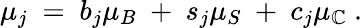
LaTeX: \mu_{j}~=~b_{j}\mu_{B}~+~s_{j}\mu_{S}~+~c_{j}\mu_{\mathbb{C}}~.